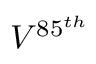
V ^ { 8 5 ^ { t h } }